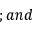
; a n d